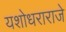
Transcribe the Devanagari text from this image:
यशोधराराजे